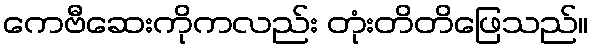
ကေဗီဆေးကိုကလည်း တုံးတိတိဖြေသည်။